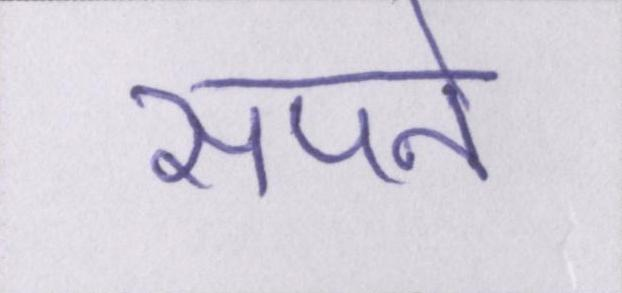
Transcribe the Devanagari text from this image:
सपने